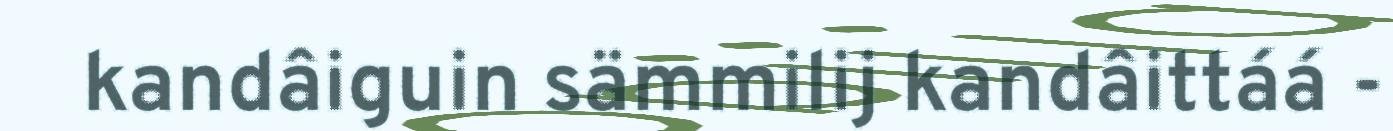
kandâiguin sämmilij kandâittáá -